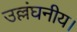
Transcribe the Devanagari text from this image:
उल्लंघनीय।